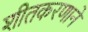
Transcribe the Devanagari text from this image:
शीतकरणाने